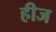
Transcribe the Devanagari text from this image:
हीज